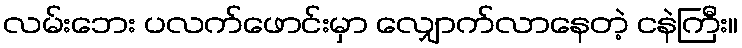
လမ်းဘေး ပလက်ဖောင်းမှာ လျှောက်လာနေတဲ့ ငနဲကြီး။